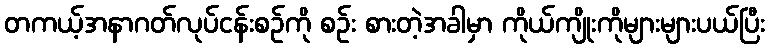
တကယ့်အနာဂတ်လုပ်ငန်းစဉ်ကို စဉ်း စားတဲ့အခါမှာ ကိုယ်ကျိုးကိုများများပယ်ပြီး